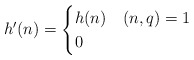
\begin{align*}h'(n) =\begin{cases}h(n) & (n, q) = 1 \\0 & \end{cases}\end{align*}